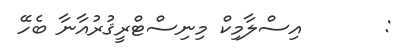
:       އިސްލާމިކް މިނިސްޓްރީޤުރުއާނާ ބެހޭ